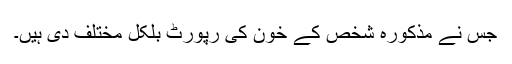
جس نے مذکورہ شخص کے خون کی رپورٹ بلکل مختلف دی ہیں۔